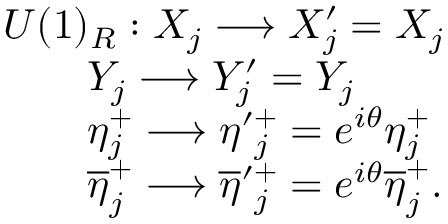
\begin{array} { l c r } { { U ( 1 ) _ { R } : X _ { j } \longrightarrow X _ { j } ^ { \prime } = X _ { j } } } \\ { { \qquad Y _ { j } \longrightarrow Y _ { j } ^ { \prime } = Y _ { j } } } \\ { { \qquad \eta _ { j } ^ { + } \longrightarrow \eta \prime _ { j } ^ { + } = e ^ { i \theta } \eta _ { j } ^ { + } } } \\ { { \qquad \overline { { { \eta } } } _ { j } ^ { + } \longrightarrow \overline { { { \eta } } } \prime _ { j } ^ { + } = e ^ { i \theta } \overline { { { \eta } } } _ { j } ^ { + } . } } \end{array}